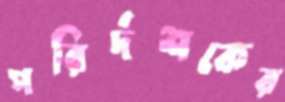
পরির্দশকের